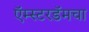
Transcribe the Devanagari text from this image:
ऍम्स्टरडॅमचा